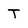
Character: T